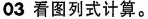
03 看图列式计算。